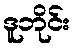
ဒူဘိုင်း